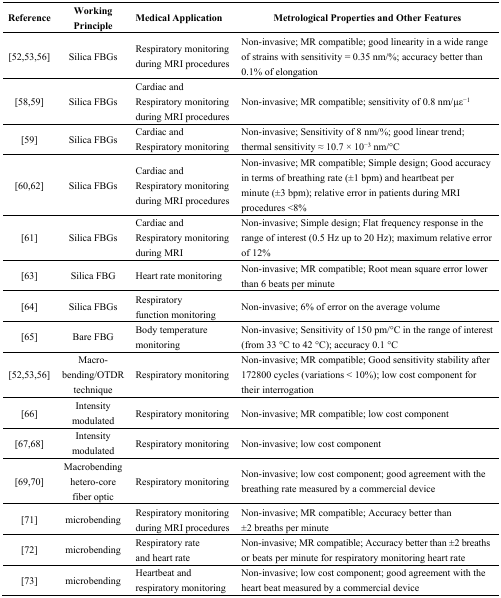
<table><thead><tr><td><b>Reference</b></td><td><b>Working Principle</b></td><td><b>Medical Application</b></td><td><b>Metrological Properties and Other Features</b></td></tr></thead><tbody><tr><td>[52,53,56]</td><td>Silica FBGs</td><td>Respiratory monitoring during MRI procedures</td><td>Non-invasive; MR compatible; good linearity in a wide range of strains with sensitivity = 0.35 nm/%; accuracy better than 0.1% of elongation</td></tr><tr><td>[58,59]</td><td>Silica FBGs</td><td>Cardiac and Respiratory monitoring during MRI procedures</td><td>Non-invasive; MR compatible; sensitivity of 0.8 nm/με<sup>−1</sup></td></tr><tr><td>[59]</td><td>Silica FBGs</td><td>Cardiac and Respiratory monitoring</td><td>Non-invasive; Sensitivity of 8 nm/%; good linear trend; thermal sensitivity ≈ 10.7 × 10<sup>−3</sup> nm/°C</td></tr><tr><td>[60,62]</td><td>Silica FBGs</td><td>Cardiac and Respiratory monitoring during MRI procedures</td><td>Non-invasive; MR compatible; Simple design; Good accuracy in terms of breathing rate (±1 bpm) and heartbeat per minute (±3 bpm); relative error in patients during MRI procedures &lt;8%</td></tr><tr><td>[61]</td><td>Silica FBGs</td><td>Cardiac and Respiratory monitoring during MRI</td><td>Non-invasive; Simple design; Flat frequency response in the range of interest (0.5 Hz up to 20 Hz); maximum relative error of 12%</td></tr><tr><td>[63]</td><td>Silica FBG</td><td>Heart rate monitoring</td><td>Non-invasive; MR compatible; Root mean square error lower than 6 beats per minute</td></tr><tr><td>[64]</td><td>Silica FBGs</td><td>Respiratory function monitoring</td><td>Non-invasive; 6% of error on the average volume</td></tr><tr><td>[65] </td><td>Bare FBG</td><td>Body temperature monitoring</td><td>Non-invasive; Sensitivity of 150 pm/°C in the range of interest (from 33 °C to 42 °C); accuracy 0.1 °C</td></tr><tr><td>[52,53,56]</td><td>Macro-bending/OTDR technique</td><td>Respiratory monitoring</td><td>Non-invasive; MR compatible; Good sensitivity stability after 172800 cycles (variations &lt; 10%); low cost component for their interrogation</td></tr><tr><td>[66]</td><td>Intensity modulated</td><td>Respiratory monitoring</td><td>Non-invasive; MR compatible; low cost component</td></tr><tr><td>[67,68]</td><td>Intensity modulated</td><td>Respiratory monitoring</td><td>Non-invasive; low cost component</td></tr><tr><td>[69,70]</td><td>Macrobending hetero-core fiber optic</td><td>Respiratory monitoring</td><td>Non-invasive; low cost component; good agreement with the breathing rate measured by a commercial device</td></tr><tr><td>[71]</td><td>microbending</td><td>Respiratory monitoring during MRI procedures</td><td>Non-invasive; MR compatible; Accuracy better than ±2 breaths per minute</td></tr><tr><td>[72]</td><td>microbending</td><td>Respiratory rate and heart rate</td><td>Non-invasive; MR compatible; Accuracy better than ±2 breaths or beats per minute for respiratory monitoring heart rate</td></tr><tr><td>[73]</td><td>microbending</td><td>Heartbeat and respiratory monitoring</td><td>Non-invasive; low cost component; good agreement with the heart beat measured by a commercial device</td></tr></tbody></table>